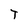
Character: T